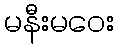
မနီးမဝေး